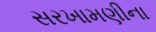
સરખામણીના